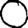
Digit: 0